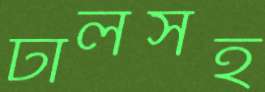
ঢালসহ